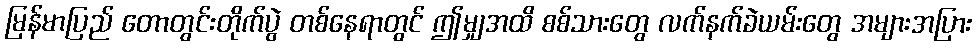
မြန်မာပြည် တောတွင်းတိုက်ပွဲ တစ်နေရာတွင် ဤမျှအထိ စစ်သားတွေ လက်နက်ခဲယမ်းတွေ အများအပြား